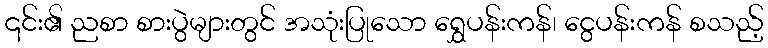
၎င်း၏ ညစာ စားပွဲများတွင် အသုံးပြုသော ရွှေပန်းကန်၊ ငွေပန်းကန် စသည့်